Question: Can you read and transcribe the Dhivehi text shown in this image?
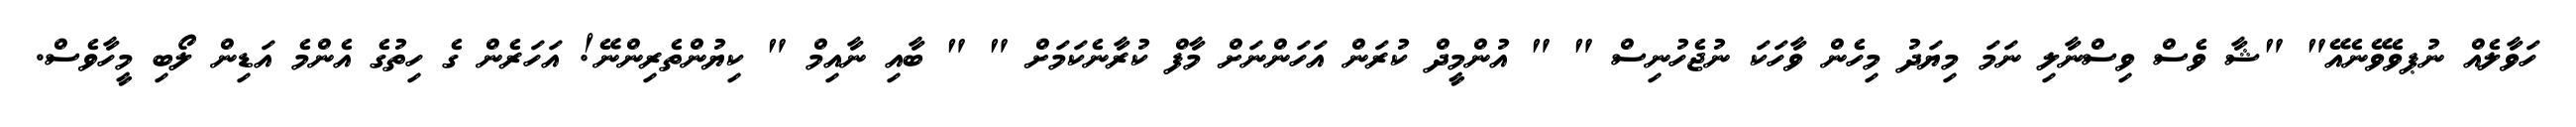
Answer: ހަވާލެއް ނުޕވެވޭނެއޭ" "ޝާ ވެސް ވިސްނާލި ނަމަ މިޔަދު މިހެން ވާހަކަ ނުޖެހުނިސް " " އުންމީދް ކުރަން އަހަންނަށް މާފް ކުރާނެކަމަށް " " ބާއި ނާއިމް " ކިޔުންތެރިންނޭ! އަހަރެން ގެ ހިތުގެ އެންމެ އަޑިން ލޯބި މީހާވެސް.